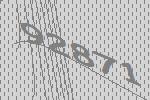
92871